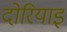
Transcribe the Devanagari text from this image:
दोरियाइ